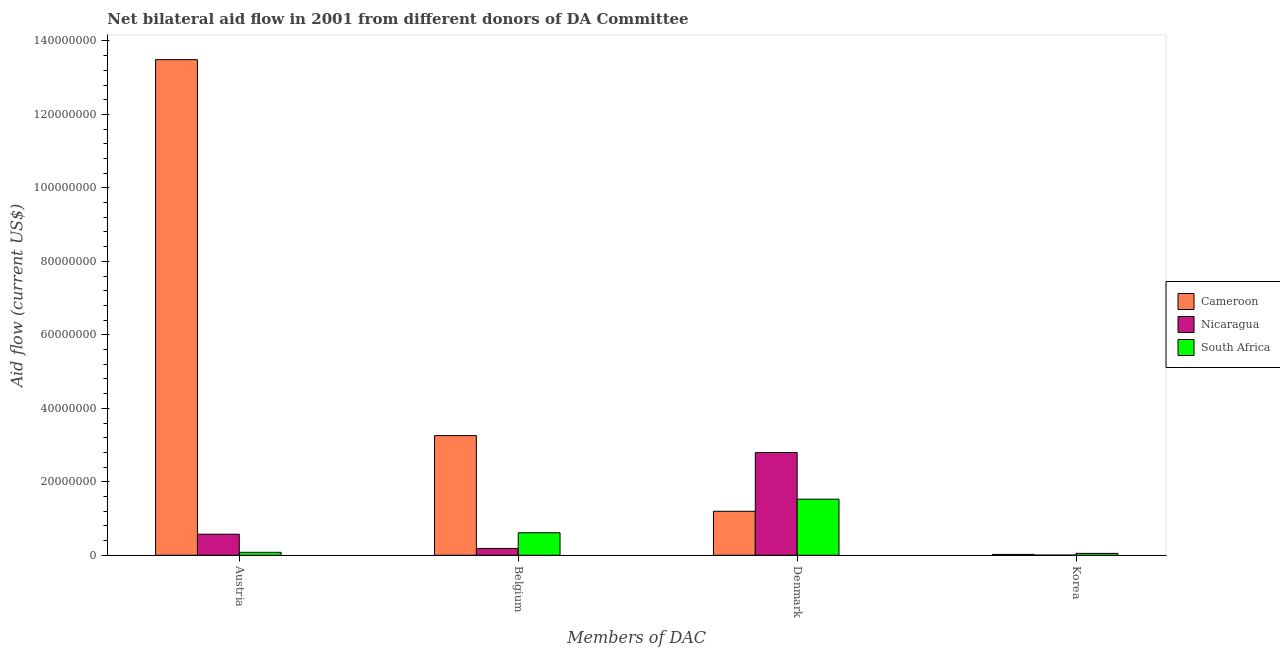
| Members of DAC | Cameroon | Nicaragua | South Africa |
 | --- | --- | --- | --- |
 | Austria | 1.35e+08 | 5.73e+06 | 8e+05 |
 | Belgium | 3.26e+07 | 1.86e+06 | 6.12e+06 |
 | Denmark | 1.2e+07 | 2.8e+07 | 1.53e+07 |
 | Korea | 2.3e+05 | 4e+04 | 5.1e+05 |